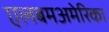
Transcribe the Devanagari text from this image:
एलबमअमेरिका